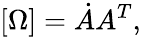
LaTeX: [\Omega]={\dot{A}}A^{T},